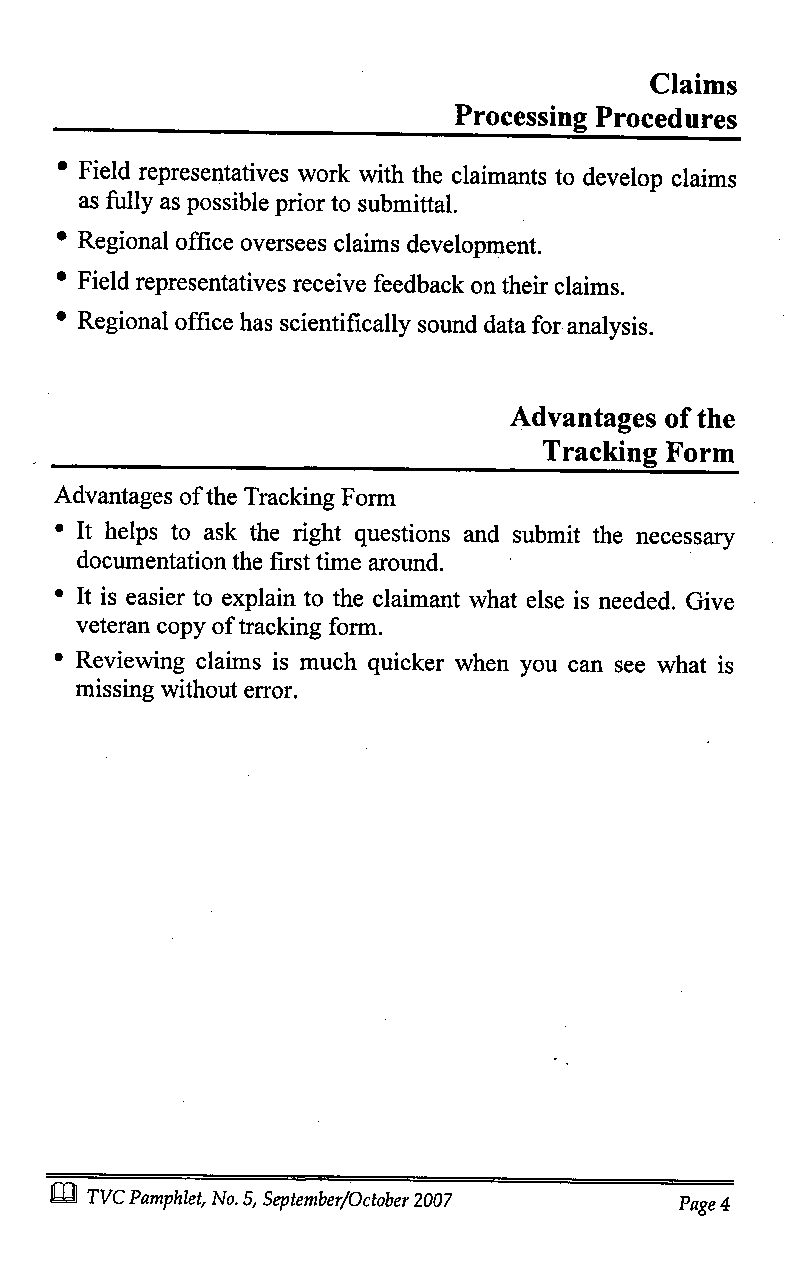
Claims
 Processing Procedures
 * Field representatives work with the claimants to develop claims
 as fully as possible prior to submittal.
 * Regional office oversees claims development.
 * Field representatives receive feedback on their claims.
 * Regional office has scientifically sound data for analysis.
 Advantages of the
 Tracking Form
 Advantages of the Tracking Form
 * It helps to ask the right questions and submit the necessary
 documentation the first time around.
 * It is easier to explain to the claimant what else is needed. Give
 veteran copy of tracking form.
 * Reviewing claims is much quicker when you can see what is
 missing without error.
 TVC Pamphlet, No. 5, September/October 2007
 Page 4